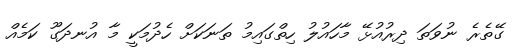
ގޭތެރެ ނުވަތަ ދިރުއުޅޭ މާހައުލު ހިތްގައިމު ތަނަކަށް ހެދުމަކީ މާ އުނދަގޫ ކަމެއް